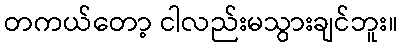
တကယ်တော့ ငါလည်းမသွားချင်ဘူး။